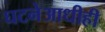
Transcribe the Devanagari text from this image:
घटनेआधीही